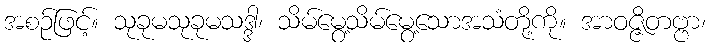
အစဉ်ဖြင့်။ သုခုမသုခုမသဒ္ဒါ၊ သိမ်မွေ့သိမ်မွေ့သောအသံတို့ကို။ အာဝဇ္ဇိတဗ္ဗာ၊